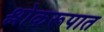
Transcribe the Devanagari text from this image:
श्लोकरूपात